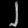
Digit: ၂